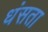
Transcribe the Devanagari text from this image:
धंसता